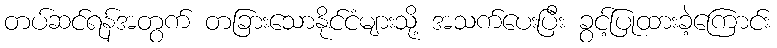
တပ်ဆင်ရန်အတွက် တခြားသောနိုင်ငံများသို့ အသက်ပေးပြီး ခွင့်ပြုထားခဲ့ကြောင်း